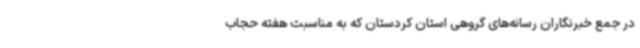
در جمع خبرنگاران رسانه‌های گروهی استان کردستان که به مناسبت هفته حجاب